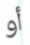
أو